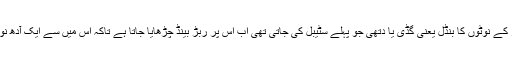
شکایت یہ ہے کہ ہزار کے نوٹوں کا بنڈل یعنی گڈی یا دتھی جو پہلے سٹیبل کی جاتی تھی اب اس پر ربڑ بینڈ چڑھایا جاتا ہے تاکہ اس میں سے ایک آدھ نوٹ کھسکانا آسان رہے۔